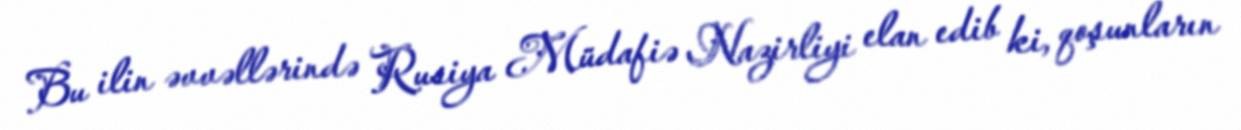
Bu ilin əvvəllərində Rusiya Müdafiə Nazirliyi elan edib ki, qoşunların